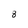
Character: 8